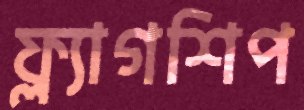
ফ্ল্যাগশিপ